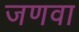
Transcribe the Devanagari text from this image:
जणवा